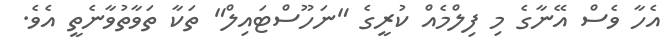
އެހާ ވެސް އޭނާގެ މި ފިލްމެއް ކުރީގެ "ނަހޫސްޓައިލް" ތަކާ ތަވާތުވާނެތީ އެވެ.